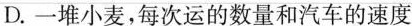
D.一堆小麦，每次运的数量和汽车的速度